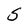
Character: S